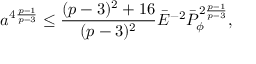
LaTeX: a ^ { 4 { \frac { p - 1 } { p - 3 } } } \leq { \frac { ( p - 3 ) ^ { 2 } + 1 6 } { ( p - 3 ) ^ { 2 } } } \bar { \cal E } ^ { - 2 } \bar { \cal P } _ { \phi } ^ { 2 { \frac { p - 1 } { p - 3 } } } ,